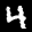
Label: 4